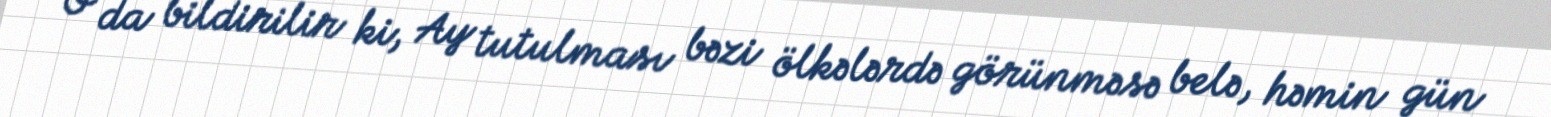
O da bildirilir ki, Ay tutulması bəzi ölkələrdə görünməsə belə, həmin gün